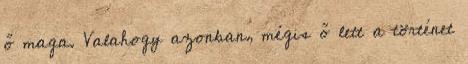
ő maga. Valahogy azonban, mégis ő lett a történet